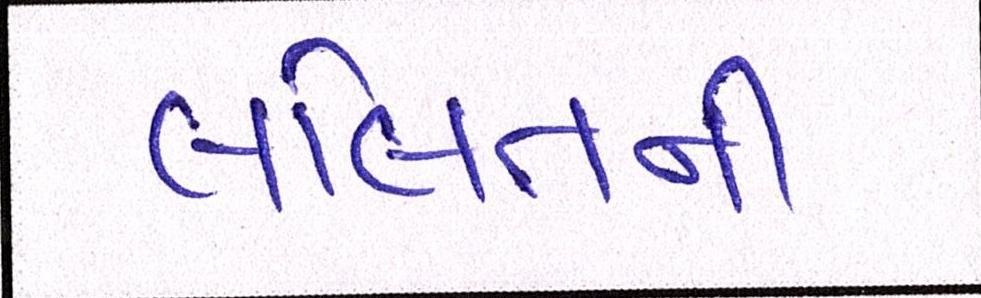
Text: લલિતની